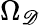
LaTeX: \Omega_{\mathscr{D}}